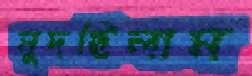
মুদছিলাম